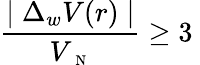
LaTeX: \frac{\mid\Delta_{w}V(r)\mid}{V_{\mathrm{~\scriptsize~N~}}}\ge 3\